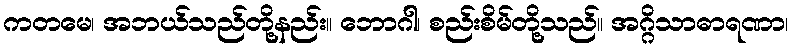
ကတမေ၊ အဘယ်သည်တို့နည်း။ ဘောဂါ၊ စည်းစိမ်တို့သည်။ အဂ္ဂိသာဓာရဏာ၊